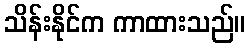
သိန်းနိုင်က ကာထားသည်။